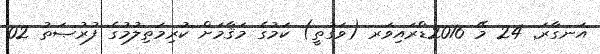
އަނގާރަ